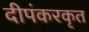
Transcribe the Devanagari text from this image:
दीपंकरकृत